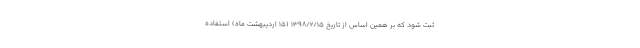
ثبت شود که بر همین اساس از تاریخ ۱۳۹۸/۲/۱۵ (۱۵ اردیبهشت ماه) استفاده